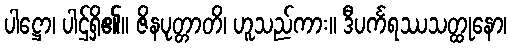
ပါဋ္ဌော၊ ပါဌ်ရှိ၏။ ဇိနပုတ္တာတိ၊ ဟူသည်ကား။ ဒီပင်္ကရဿသတ္ထုနော၊